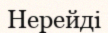
Нерейді